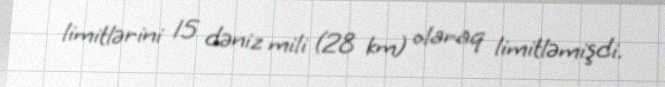
limitlərini 15 dəniz mili (28 km) olaraq limitləmişdi.